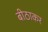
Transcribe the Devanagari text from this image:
बीठाकर